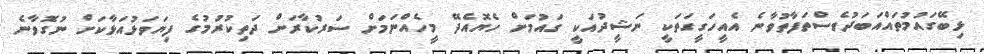
ޅިބޭގައުމުތައްއަބަދުވެސްތަފާތުވާނެ އެއީހަގީގަތަކީ ނަޝީދުއަކީ ގައުމަށް ހެޔޮއެދޭ މީހެއްނަމަށް ސަރުކާރަށް ދަތިކުރުމުގެ ފިޔަވަޅުއަޅާކަށް ނުގޮވާނެ